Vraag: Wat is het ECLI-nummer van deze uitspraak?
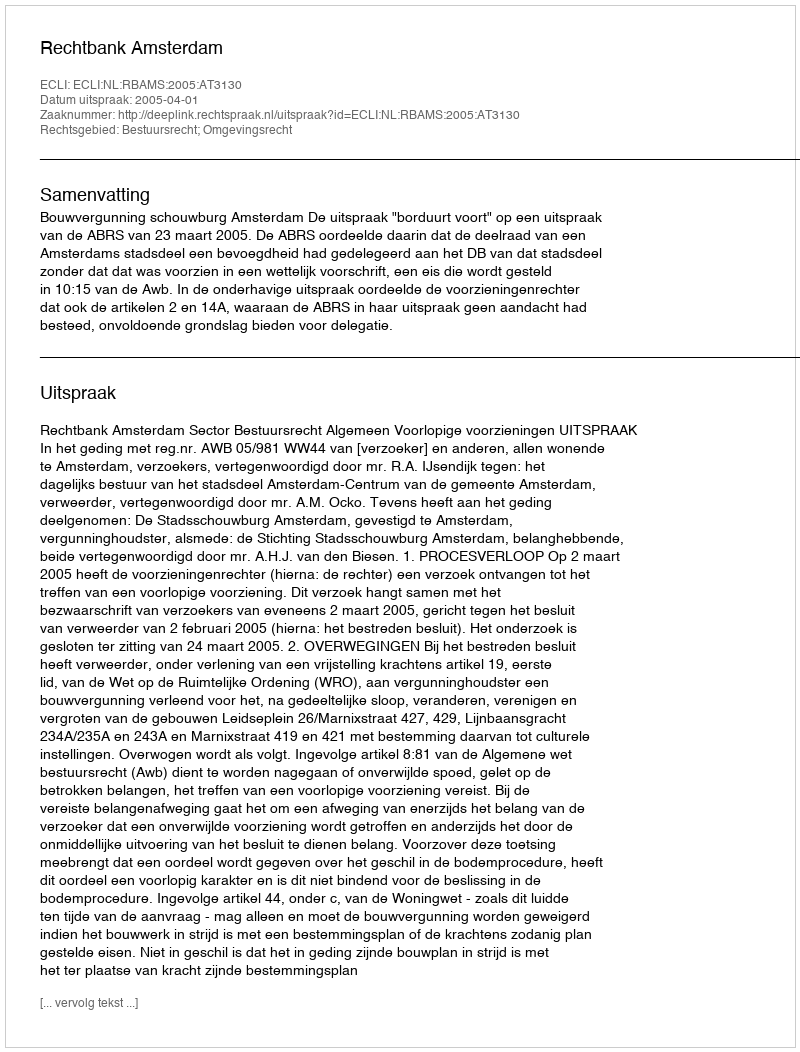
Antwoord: ECLI:NL:RBAMS:2005:AT3130